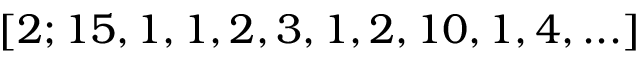
[ 2 ; 1 5 , 1 , 1 , 2 , 3 , 1 , 2 , 1 0 , 1 , 4 , . . . ]